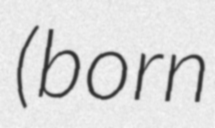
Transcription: (born